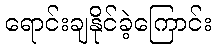
ရောင်းချနိုင်ခဲ့ကြောင်း